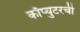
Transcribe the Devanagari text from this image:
काँप्युटरची